Annual report of the Punjab Veterinary College and of the Civil Veterinary Department, Punjab - 1926-1932
Year: 1926
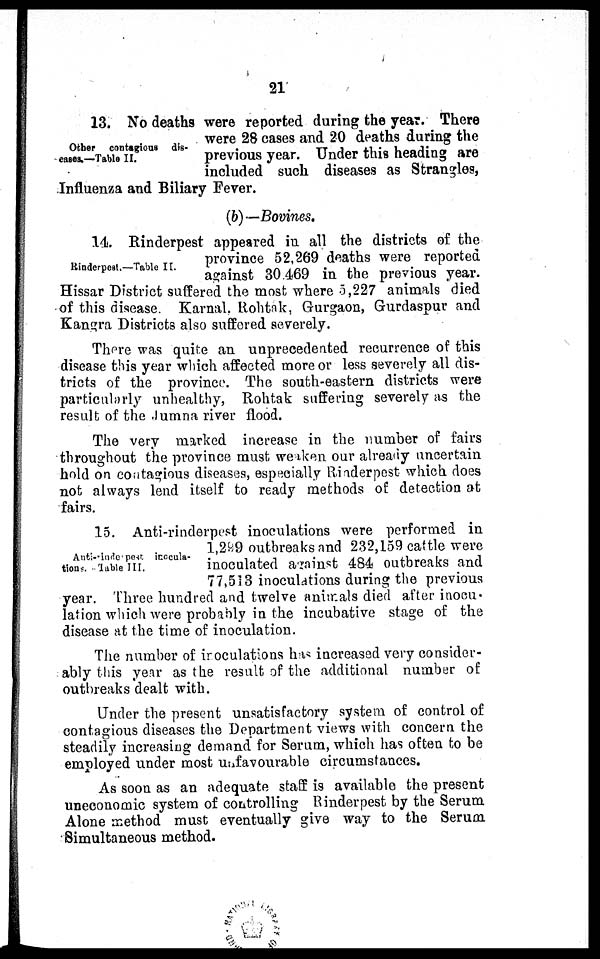
21
Other contagious dis-
eases.—Table II.
13. No deaths were reported during the year. There
were 28 cases and 20 deaths during the
previous year. Under this heading are
included such diseases as Strangles,
Influenza and Biliary Fever.
(b) —Bovines.
Rinderpest.—Table II.
14. Rinderpest appeared in all the districts of the
province 52,269 deaths were reported
against 30.469 in the previous year.
Hissar District suffered the most where 5,227 animals died
of this disease. Karnal, Rohtak, Gurgaon, Gurdaspur and
Kangra Districts also suffered severely.
There was quite an unprecedented recurrence of this
disease this year which affected more or less severely all dis-
tricts of the province. The south-eastern districts were
particularly unhealthy, Rohtak suffering severely as the
result of the Jumna river flood.
The very marked increase in the number of fairs
throughout the province must weaken our already uncertain
hold on contagious diseases, especially Rinderpest which does
not always lend itself to ready methods of detection at
fairs.
Anti-inderpest
inocula-
tions.—Table III.
15. Anti-rinderpest inoculations were performed in
1,299 outbreaks and 232,159 cattle were
inoculated against 484 outbreaks and
77,513 inoculations during the previous
year. Three hundred and twelve animals died after inocu-
lation which were probably in the incubative stage of the
disease at the time of inoculation.
The number of inoculations has increased very consider-
ably this year as the result of the additional number of
outbreaks dealt with.
Under the present unsatisfactory system of control of
contagious diseases the Department views with concern the
steadily increasing demand for Serum, which has often to be
employed under most unfavourable circumstances.
As soon as an adequate staff is available the present
uneconomic system of controlling Rinderpest by the Serum
Alone method must eventually give way to the Serum
Simultaneous method.